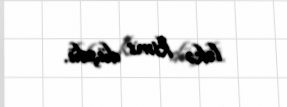
ləkə kimi düşdü.